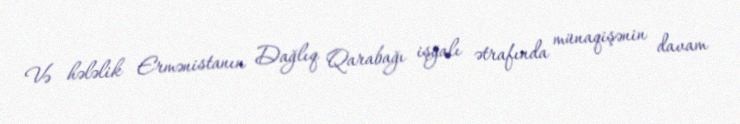
Və hələlik Ermənistanın Dağlıq Qarabağı işğalı ətrafında münaqişənin davam